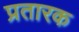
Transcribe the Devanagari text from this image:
प्रतारक